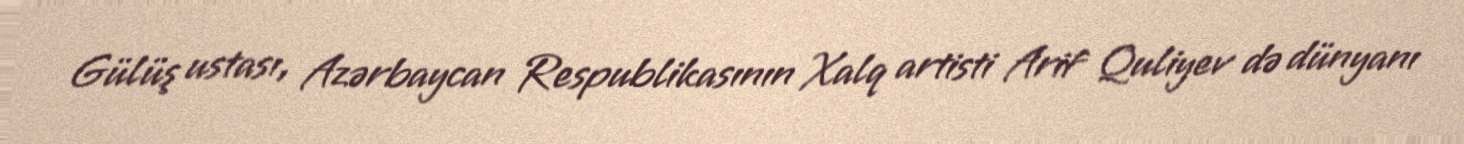
Gülüş ustası, Azərbaycan Respublikasının Xalq artisti Arif Quliyev də dünyanı